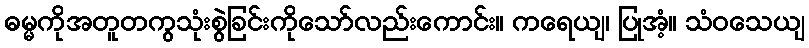
ဓမ္မကိုအတူတကွသုံးစွဲခြင်းကိုသော်လည်းကောင်း။ ကရေယျ၊ ပြုအံ့။ သံဝသေယျ